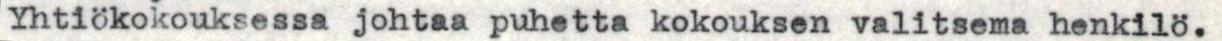
Yhtiökokouksessa johtaa puhetta kokouksen valitsema henkilö.